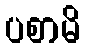
ပစာမိ